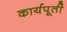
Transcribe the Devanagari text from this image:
कार्यपूर्ती